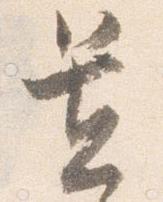
置